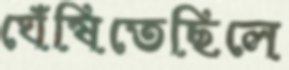
ঘেঁষিতেছিলে